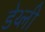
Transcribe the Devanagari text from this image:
डेथ्ली